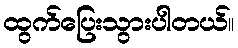
ထွက်ပြေးသွားပါတယ်။